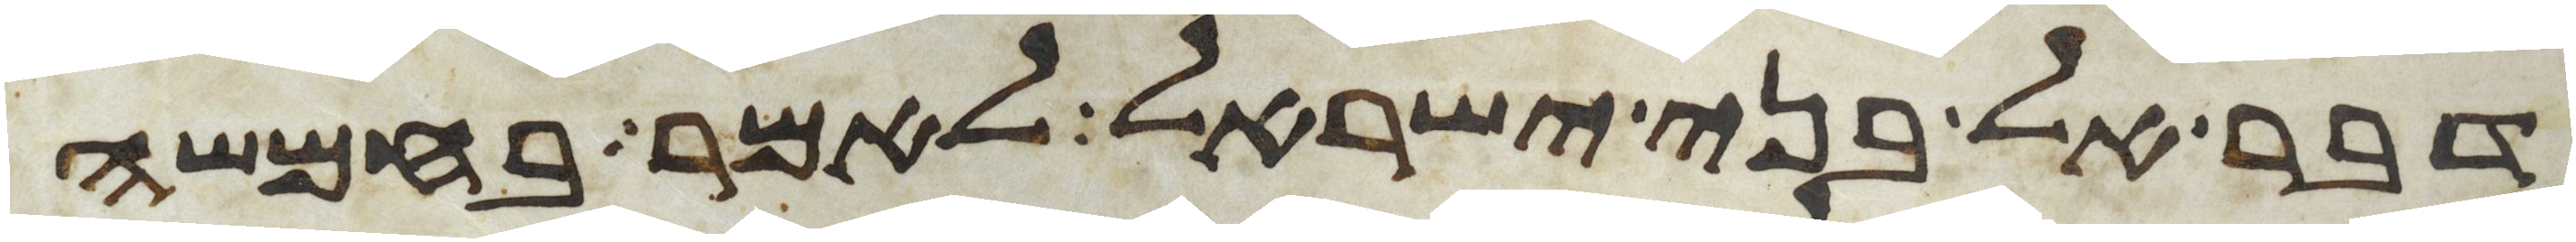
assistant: דבר אל בני ישראל לאמר בחמשה